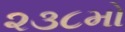
૨૩૮મો